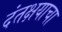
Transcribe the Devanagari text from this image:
दंतक्षयाचा